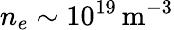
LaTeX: n_{e}\sim 10^{19}\mathrm{\, m^{-3}}